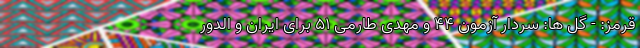
قرمز: - گل ها: سردار آزمون ۴۴ و مهدی طارمی ۵۱ برای ایران و الدور